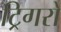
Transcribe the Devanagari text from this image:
ट्रिगरों